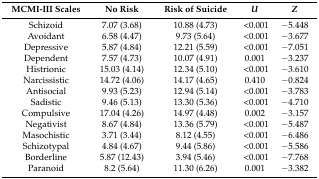
<table><thead><tr><td><b>MCMI-III Scales</b></td><td><b>No Risk</b></td><td><b>Risk of Suicide</b></td><td><b><i>U</i></b></td><td><b><i>Z</i></b></td></tr></thead><tbody><tr><td>Schizoid</td><td>7.07 (3.68)</td><td>10.88 (4.73)</td><td>&lt;0.001</td><td>−5.448</td></tr><tr><td>Avoidant</td><td>6.58 (4.47)</td><td>9.73 (5.64)</td><td>&lt;0.001</td><td>−3.677</td></tr><tr><td>Depressive</td><td>5.87 (4.84)</td><td>12.21 (5.59)</td><td>&lt;0.001</td><td>−7.051</td></tr><tr><td>Dependent</td><td>7.57 (4.73)</td><td>10.07 (4.91)</td><td>0.001</td><td>−3.237</td></tr><tr><td>Histrionic</td><td>15.03 (4.14)</td><td>12.34 (5.10)</td><td>&lt;0.001</td><td>−3.610</td></tr><tr><td>Narcissistic</td><td>14.72 (4.06)</td><td>14.17 (4.65)</td><td>0.410</td><td>−0.824</td></tr><tr><td>Antisocial</td><td>9.93 (5.23)</td><td>12.94 (5.14)</td><td>&lt;0.001</td><td>−3.783</td></tr><tr><td>Sadistic</td><td>9.46 (5.13)</td><td>13.30 (5.36)</td><td>&lt;0.001</td><td>−4.710</td></tr><tr><td>Compulsive</td><td>17.04 (4.26)</td><td>14.97 (4.48)</td><td>0.002</td><td>−3.157</td></tr><tr><td>Negativist</td><td>8.67 (4.84)</td><td>13.36 (5.79)</td><td>&lt;0.001</td><td>−5.487</td></tr><tr><td>Masochistic</td><td>3.71 (3.44)</td><td>8.12 (4.55)</td><td>&lt;0.001</td><td>−6.486</td></tr><tr><td>Schizotypal </td><td>4.84 (4.67)</td><td>9.44 (5.86)</td><td>&lt;0.001</td><td>−5.586</td></tr><tr><td>Borderline</td><td>5.87 (12.43)</td><td>3.94 (5.46)</td><td>&lt;0.001</td><td>−7.768</td></tr><tr><td>Paranoid</td><td>8.2 (5.64)</td><td>11.30 (6.26)</td><td>0.001</td><td>−3.382</td></tr></tbody></table>